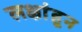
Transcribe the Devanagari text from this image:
लक्षांहून